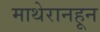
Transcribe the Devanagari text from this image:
माथेरानहून